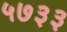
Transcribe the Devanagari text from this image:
५७३३